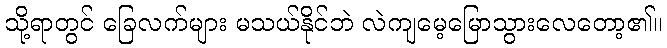
သို့ရာတွင် ခြေလက်များ မသယ်နိုင်ဘဲ လဲကျမေ့မြောသွားလေတော့၏။